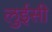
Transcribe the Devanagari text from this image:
लुईसी